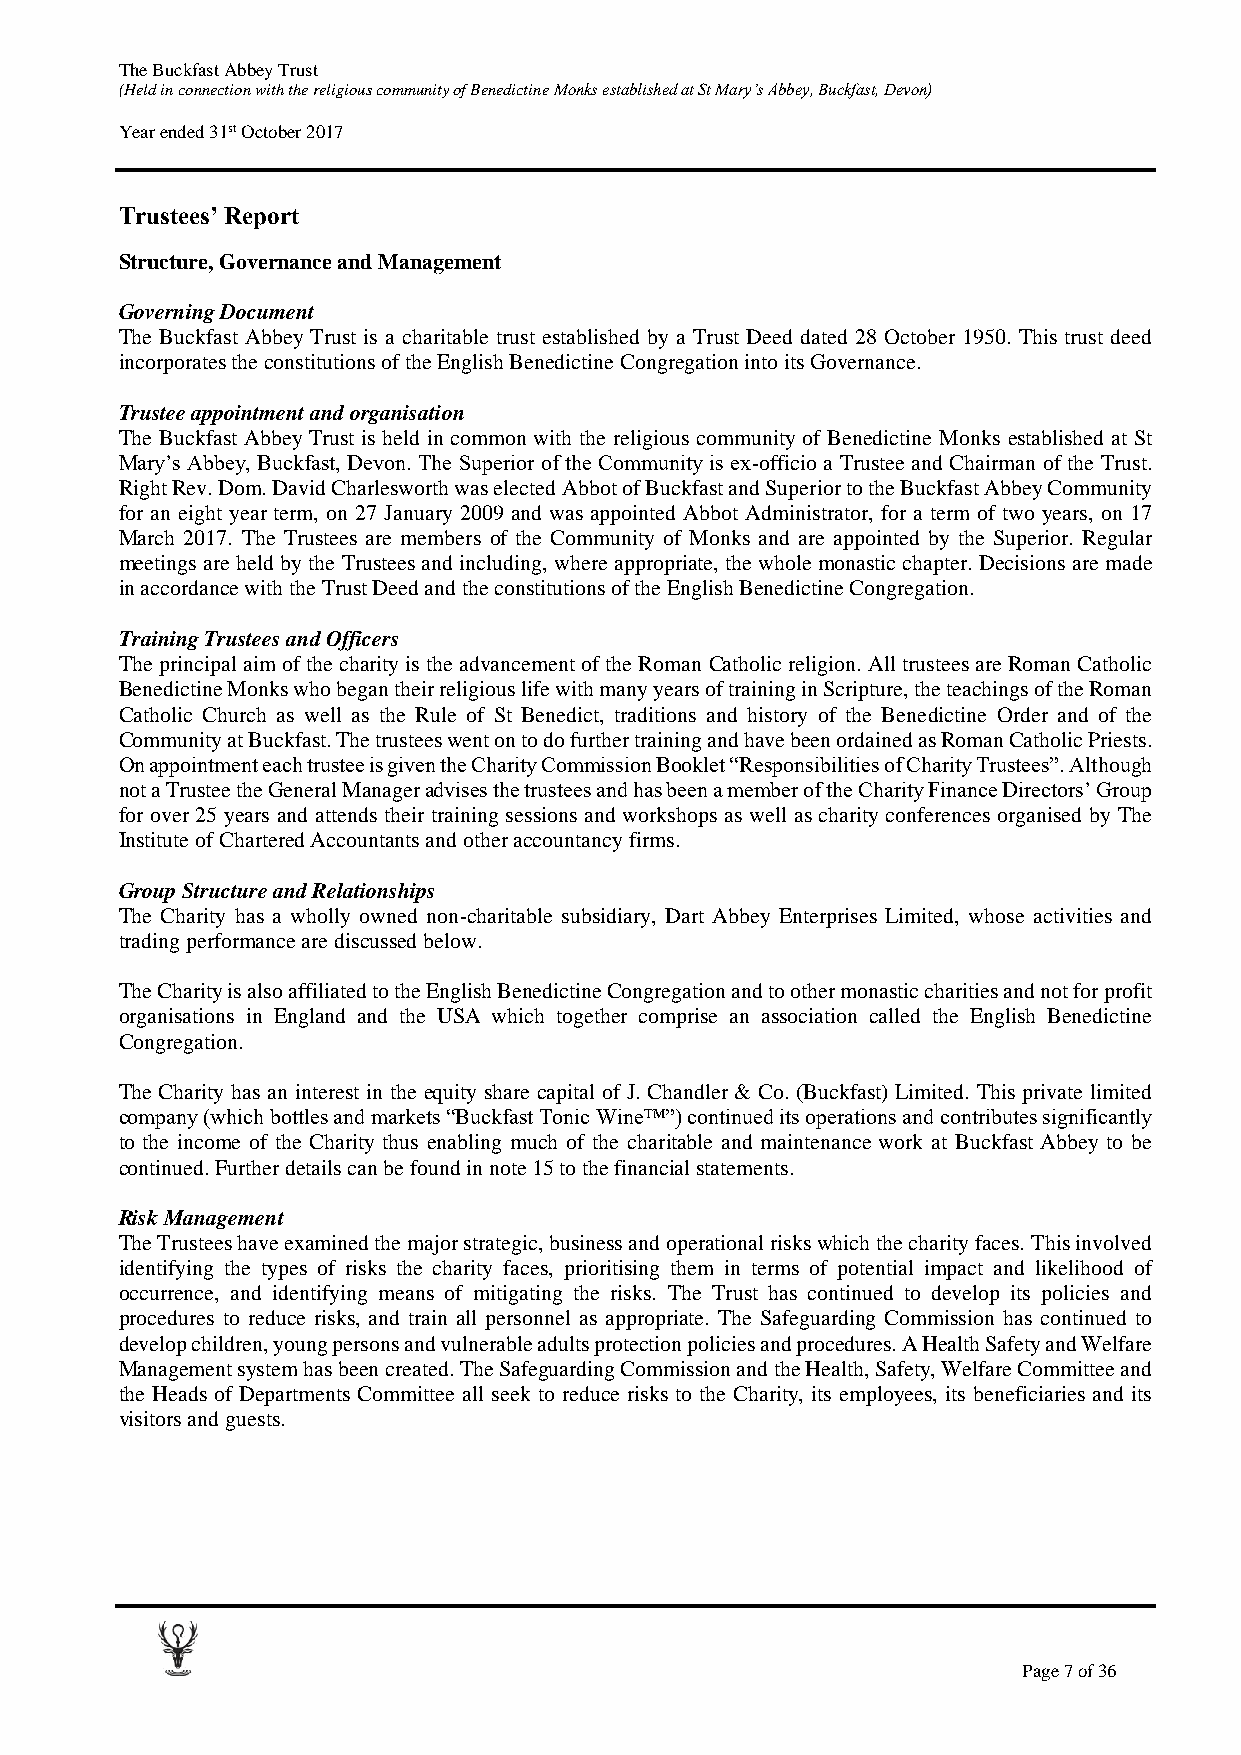
The Buckfast Abbey Trust
 (Held in connection with the religious community of Benedictine Monks established at St Mary’s Abbey, Buckfast, Devon)
 Year ended 31st October 2017
 Trustees’ Report
 Structure, Governance and Management
 Governing Document
 The Buckfast Abbey Trust is a charitable trust established by a Trust Deed dated 28 October 1950. This trust deed
 incorporates the constitutions of the English Benedictine Congregation into its Governance.
 Trustee appointment and organisation
 The Buckfast Abbey Trust is held in common with the religious community of Benedictine Monks established at St
 Mary’s Abbey, Buckfast, Devon. The Superior of the Community is ex-officio a Trustee and Chairman of the Trust.
 Right Rev. Dom. David Charlesworth was elected Abbot of Buckfast and Superior to the Buckfast Abbey Community
 for an eight year term, on 27 January 2009 and was appointed Abbot Administrator, for a term of two years, on 17
 March 2017. The Trustees are members of the Community of Monks and are appointed by the Superior. Regular
 meetings are held by the Trustees and including, where appropriate, the whole monastic chapter. Decisions are made
 in accordance with the Trust Deed and the constitutions of the English Benedictine Congregation.
 Training Trustees and Officers
 The principal aim of the charity is the advancement of the Roman Catholic religion. All trustees are Roman Catholic
 Benedictine Monks who began their religious life with many years of training in Scripture, the teachings of the Roman
 Catholic Church as well as the Rule of St Benedict, traditions and history of the Benedictine Order and of the
 Community at Buckfast. The trustees went on to do further training and have been ordained as Roman Catholic Priests.
 On appointment each trustee is given the Charity Commission Booklet “Responsibilities of Charity Trustees”. Although
 not a Trustee the General Manager advises the trustees and has been a member of the Charity Finance Directors’ Group
 for over 25 years and attends their training sessions and workshops as well as charity conferences organised by The
 Institute of Chartered Accountants and other accountancy firms.
 Group Structure and Relationships
 The Charity has a wholly owned non-charitable subsidiary, Dart Abbey Enterprises Limited, whose activities and
 trading performance are discussed below.
 The Charity is also affiliated to the English Benedictine Congregation and to other monastic charities and not for profit
 organisations in England and the USA which together comprise an association called the English Benedictine
 Congregation.
 The Charity has an interest in the equity share capital of J. Chandler & Co. (Buckfast) Limited. This private limited
 company (which bottles and markets “Buckfast Tonic Wine™”) continued its operations and contributes significantly
 to the income of the Charity thus enabling much of the charitable and maintenance work at Buckfast Abbey to be
 continued. Further details can be found in note 15 to the financial statements.
 Risk Management
 The Trustees have examined the major strategic, business and operational risks which the charity faces. This involved
 identifying the types of risks the charity faces, prioritising them in terms of potential impact and likelihood of
 occurrence, and identifying means of mitigating the risks. The Trust has continued to develop its policies and
 procedures to reduce risks, and train all personnel as appropriate. The Safeguarding Commission has continued to
 develop children, young persons and vulnerable adults protection policies and procedures. A Health Safety and Welfare
 Management system has been created. The Safeguarding Commission and the Health, Safety, Welfare Committee and
 the Heads of Departments Committee all seek to reduce risks to the Charity, its employees, its beneficiaries and its
 visitors and guests.
 Page 7 of 36